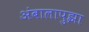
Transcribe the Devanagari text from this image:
अंबालापुझा